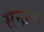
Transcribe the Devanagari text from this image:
सेनोना